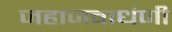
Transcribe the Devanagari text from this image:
जहाजबाधंणी